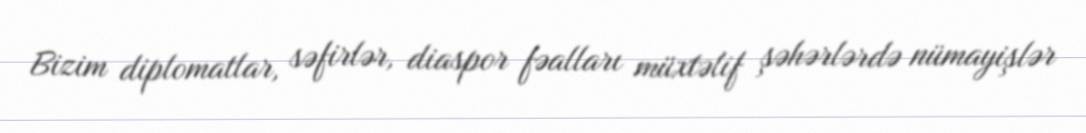
Bizim diplomatlar, səfirlər, diaspor fəalları müxtəlif şəhərlərdə nümayişlər